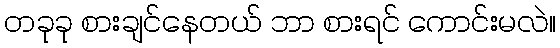
တခုခု စားချင်နေတယ် ဘာ စားရင် ကောင်းမလဲ။